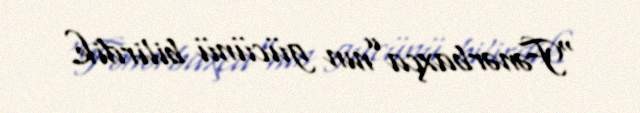
“Fənərbaxça”nın gücünü bilirdik.